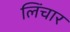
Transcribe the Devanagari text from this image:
लिंचार